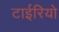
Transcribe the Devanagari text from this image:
टाईरियो